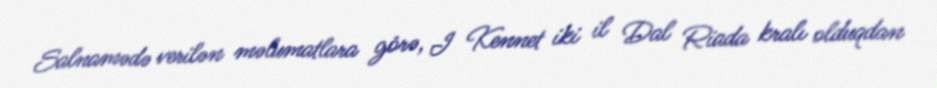
Salnamədə verilən məlumatlara görə, I Kennet iki il Dal Riada kralı olduqdan